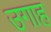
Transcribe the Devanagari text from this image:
उगाह